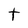
Character: t